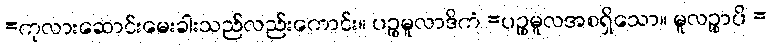
=ကုလားဆောင်းမေးခါးသည်လည်းကောင်း။ ပဉ္စမူလာဒိကံ =ပဉ္စမူလအစရှိသော။ မူလဉ္စာပိ =